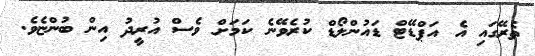
ތެރޭގައި އެ އަޕްޑޭޓް ޑައުންލޯޑް ކުރެވޭނެ ކަމަށް ވެސް އުރީދު އިން ބުންޏެވެ.